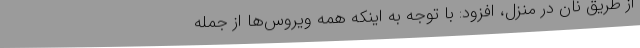
از طریق نان در منزل، افزود: با توجه به اینکه همه ویروس‌ها از جمله